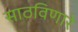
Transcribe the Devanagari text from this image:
साठविणारे